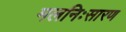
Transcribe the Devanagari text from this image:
मलनिःसारण